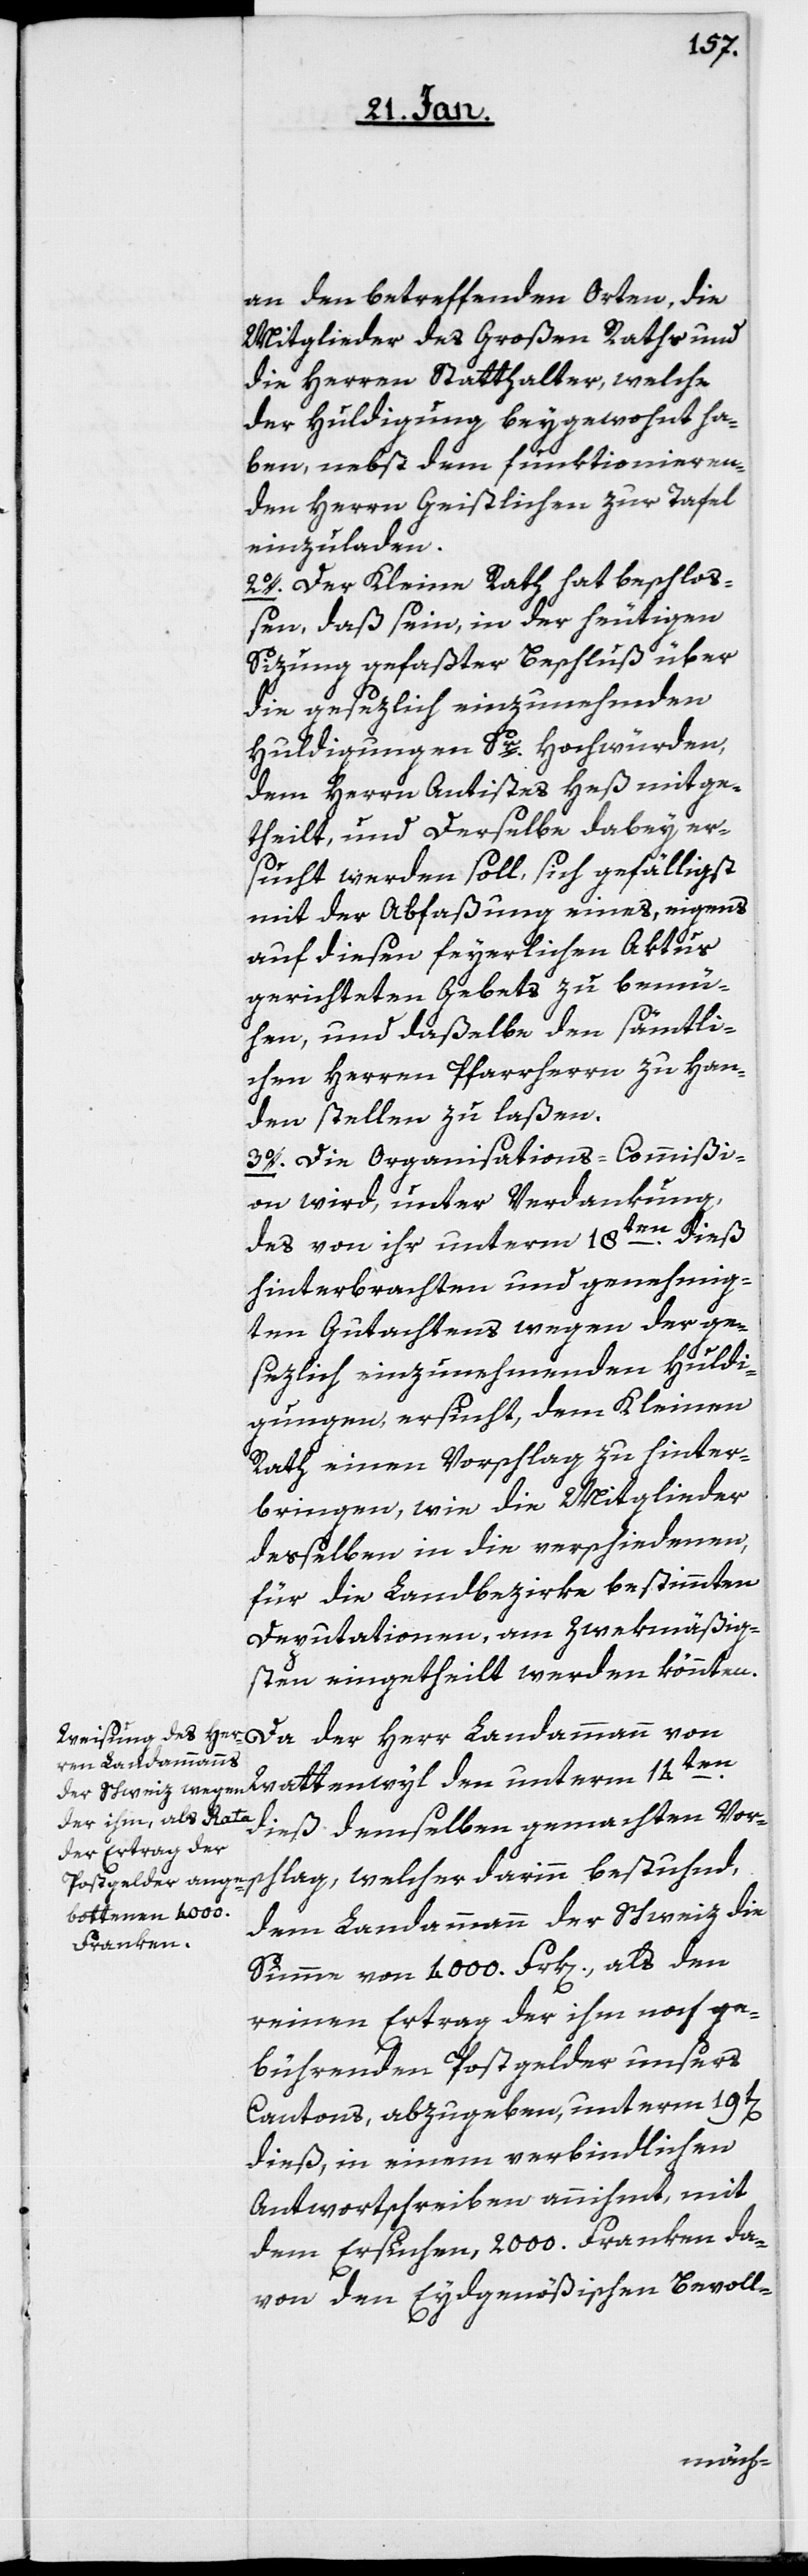
an den betreffenden Orten, die
Mitglieder des Großen Raths und
die Herren Statthalter, welche
der Huldigung beygewohnt ha¬
ben, nebst dem funktionieren¬
den Herrn Geistlichen zur Tafel
einzuladen.
2o. Der Kleine Rath hat beschloß¬
en, daß sein, in der heutigen
Sizung gefaßter Beschluß über
die gesezlich einzunehmenden
Huldigungen Sr. Hochwürden,
dem Herrn Antistes Heß mitge¬
theilt, und Derselbe dabey er¬
sucht werden soll, sich gefälligst
mit der Abfaßung eines, eigens
auf diesen feyerlichen Aktus
gerichteten Gebets zu bemü¬
hen, und daßelbe den sämtli¬
chen Herren Pfarrherrn zu Han¬
den stellen zu laßen.
3o. Die Organisations-Commißi¬
on wird, unter Verdankung
des von ihr unterm 18ten. dieß
hinterbrachten und genehmig¬
ten Gutachtens wegen der ge¬
sezlich einzunehmenden Huldi¬
gungen ersucht, dem Kleinen
Rath einen Vorschlag zu hinter¬
bringen, wie die Mitglieder
deßelben in die verschiedenen,
für die Landbezirke bestimmten
Deputationen, am zwekmäßig¬
sten eingetheilt werden könnten.
Herr Landammann
dieß demselben gemachten Vor¬
schlag, welcher darinn bestuhnd,
dem Landammann der Schweiz die
Summe von 4000. Frk[en]., als den
reinen Ertrag, der ihm noch ge¬
bührenden Postgelder unsers
Cantons, abzugeben, unterm 19t[en]
dieß, in einem verbindlichen
Antwortschreiben annihmt, mit
dem Ersuchen, 2000. Franken da¬
von den Eydgenößischen Bevoll-